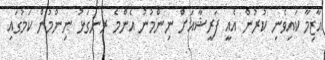
އާޒިމާ ކައިވެނި ކުރުން އެއީ ފަރީޝާއަށް ނިންމުނު އެންމެ ރަނގަޅު ނިންމުން ކަމުގައި